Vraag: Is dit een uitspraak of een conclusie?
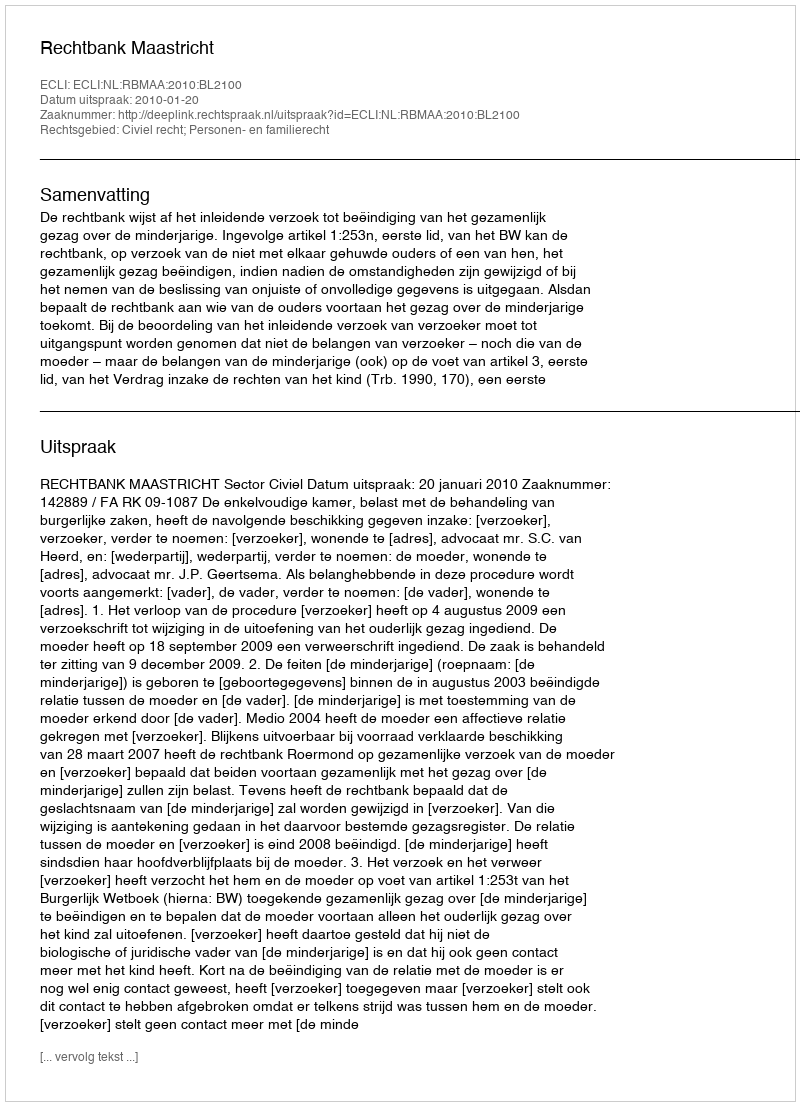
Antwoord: Uitspraak